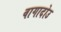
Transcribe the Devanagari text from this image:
वागादोउ